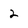
Character: 2